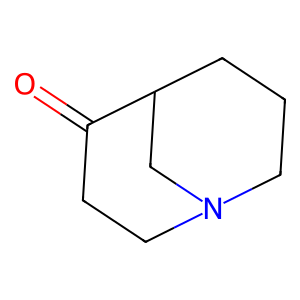
SMILES: O=C1CCN2CCCC1C2
Inhibits HIV replication: No